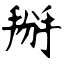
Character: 掰